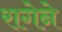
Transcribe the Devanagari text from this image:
रागेने